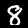
Digit: 8